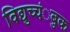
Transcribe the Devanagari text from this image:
विद्युच्चंुबक